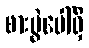
စားပွဲပေါ်ရှိ